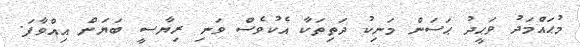
މުޙައްމަދު ވަޙީދު ޙަސަން މަނިކު ދަތިތަކާ އެކުވެސް ވަނި ރިޔާސީ ބަޔަން އިއްވާފަ.